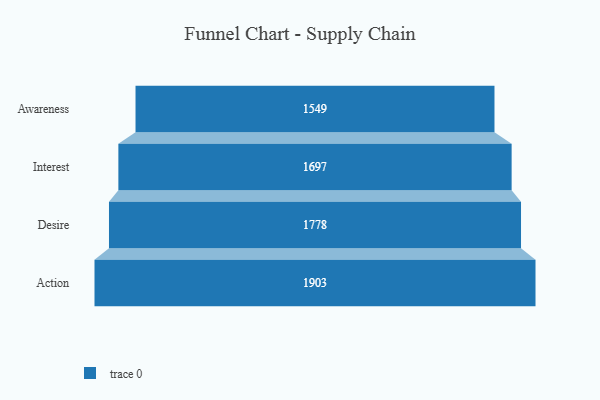
{"axis": {"x": "Stage", "y": "Value"}, "legend": [""], "data": [{"x": "Awareness", "y": 1549.0, "type": ""}, {"x": "Interest", "y": 1697.0, "type": ""}, {"x": "Desire", "y": 1778.0, "type": ""}, {"x": "Action", "y": 1903.0, "type": ""}]}